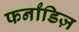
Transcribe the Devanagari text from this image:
फर्नांडिज़